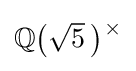
\textstyle \mathbb {Q} {\bigl (}{\sqrt {5}}~\!{\bigr )}{\vphantom {)}}^{~\!\!\times }